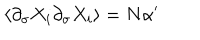
\langle \partial _ { \sigma } X _ { i } \partial _ { \sigma } X _ { i } \rangle = N \alpha ^ { \prime }